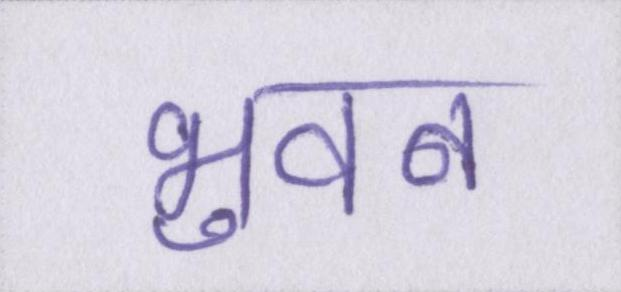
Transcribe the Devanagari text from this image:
भुवन